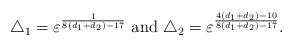
LaTeX: \begin{align*}\triangle_1=\varepsilon^{\frac{1}{8(d_1+d_2)-17}} \textrm{ and } \triangle_2=\varepsilon^{\frac{4(d_1+d_2)-10}{8(d_1+d_2)-17}}. \end{align*}